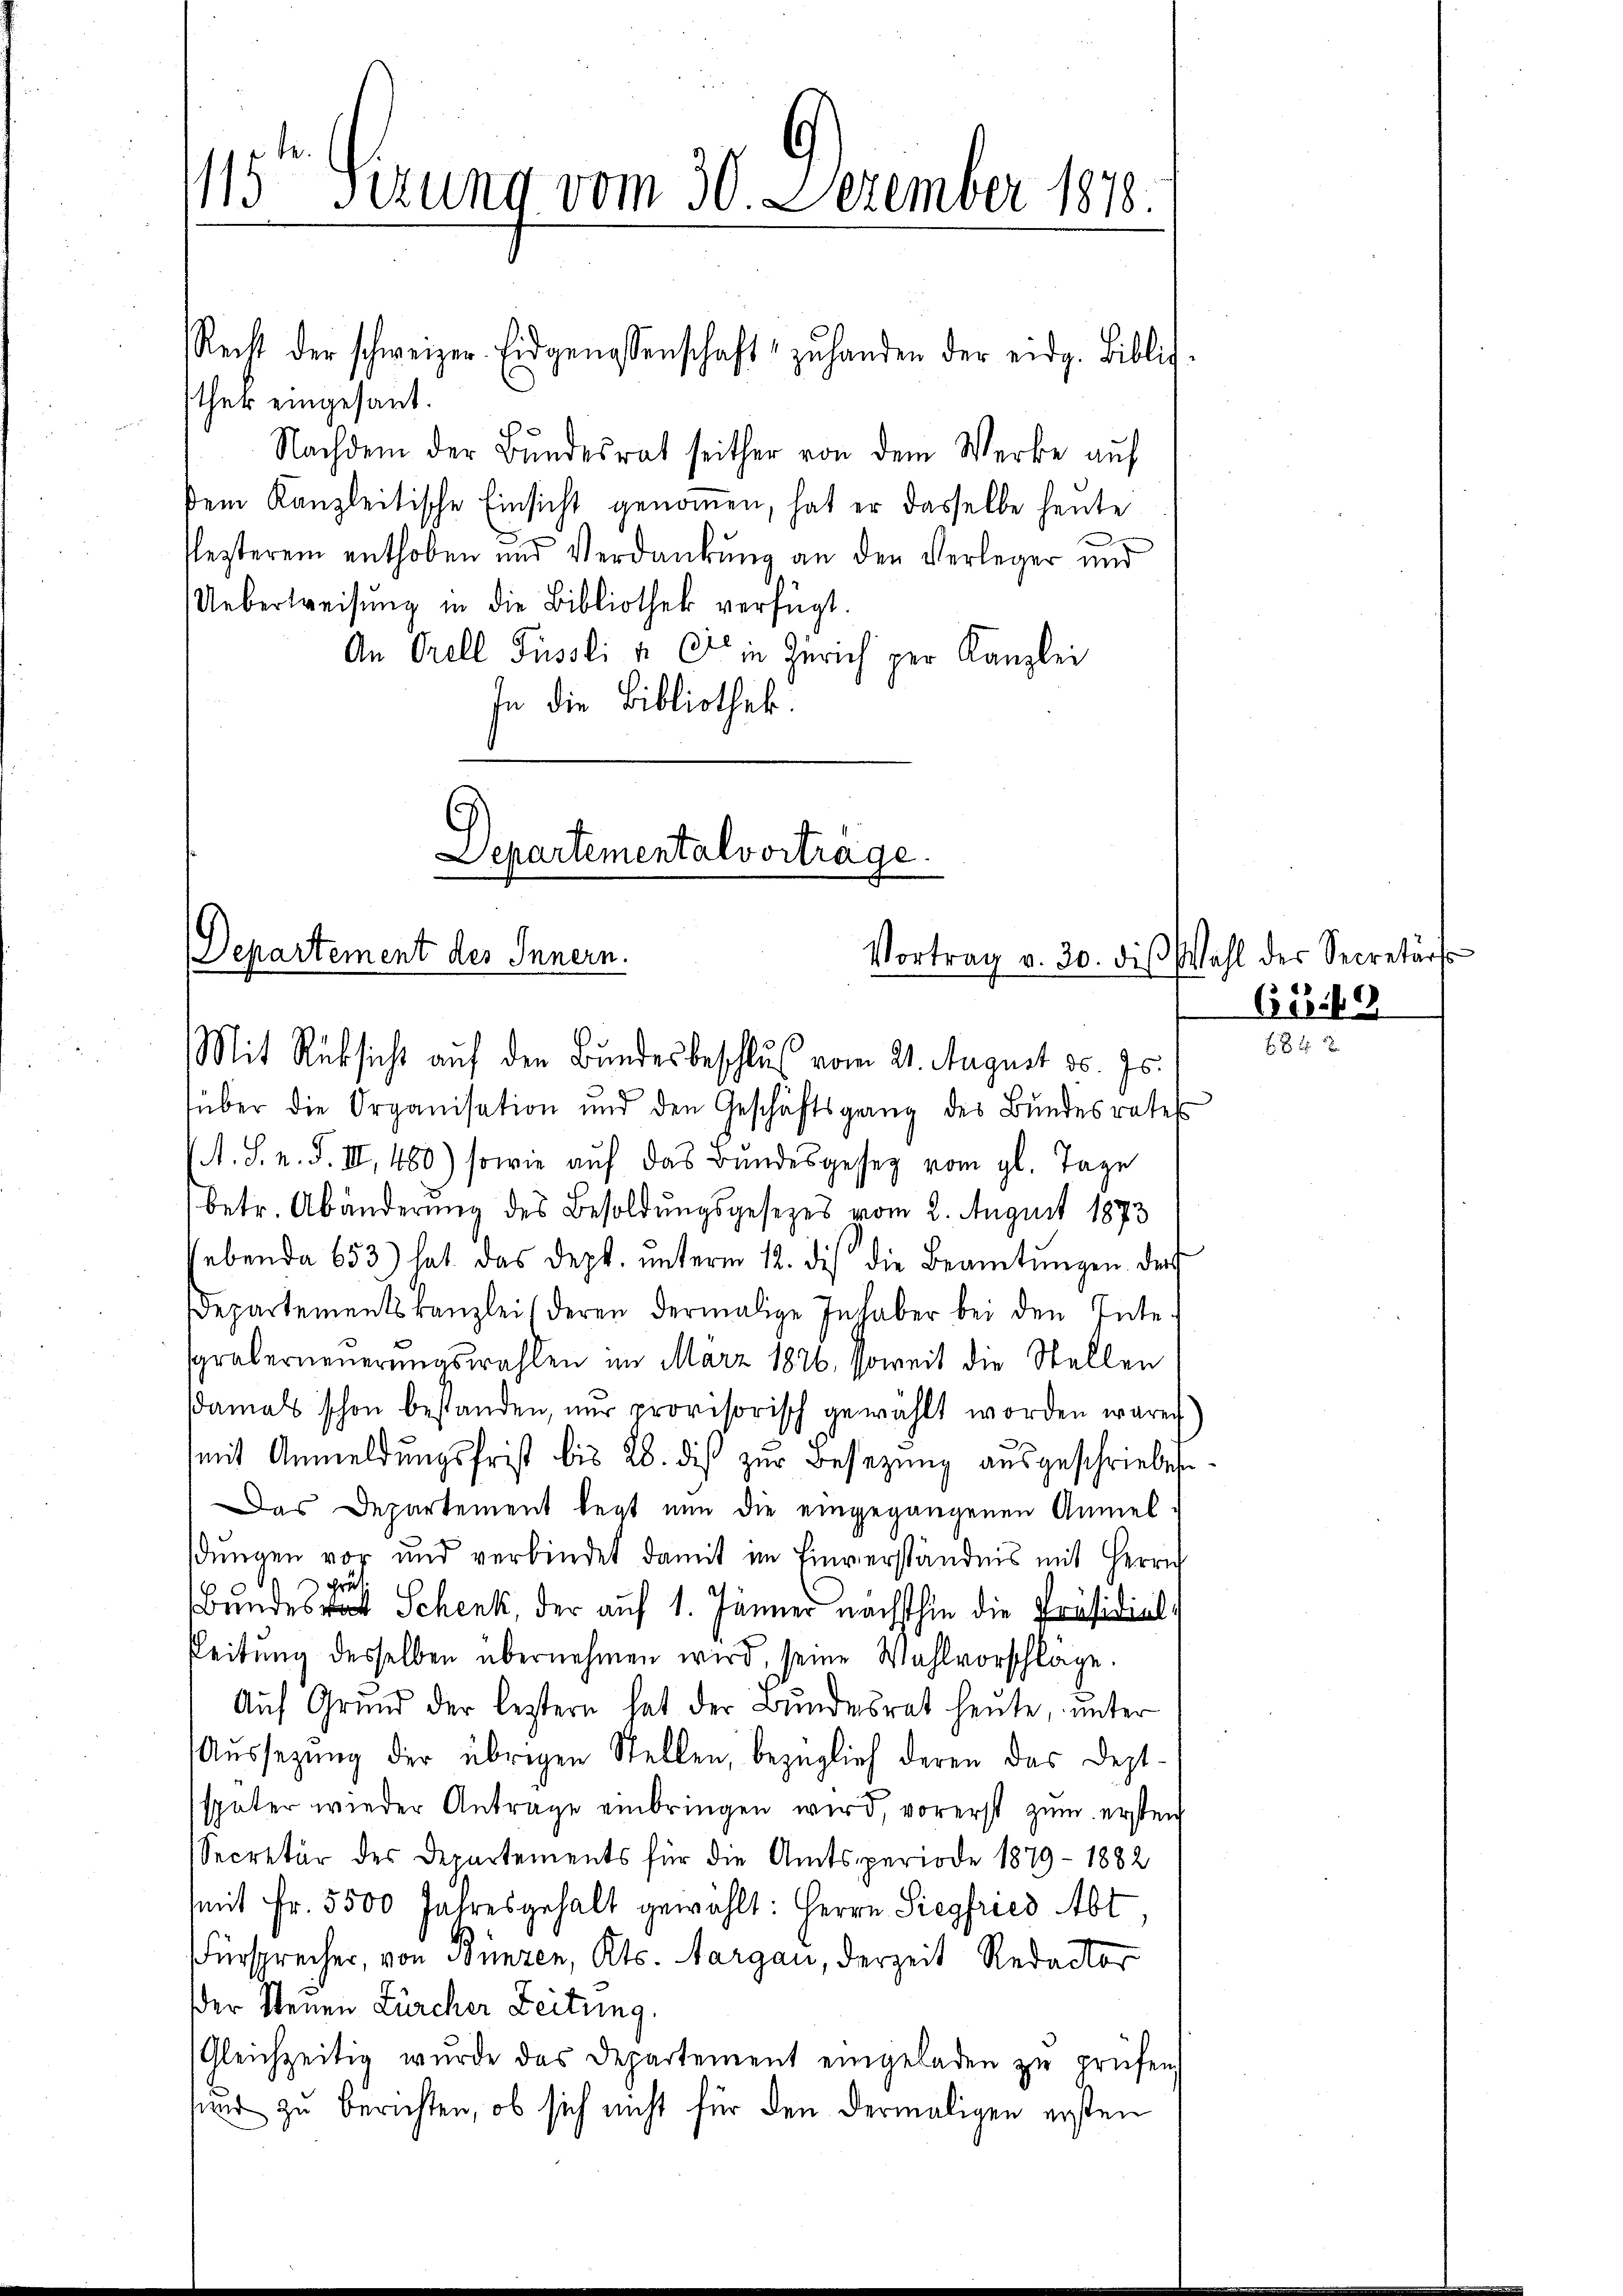
115ten Fezung vom 30. Dezember 1878.

sther eingesant.
Nachdem der Bundesrat seither von dem Werke auf
dem Kanzleitische Einsicht genommen, hat er dasselbe heute
flezterem enthoben und Verdankung an den Verleger und
Ueberweisŭng in die Bibliothek verfügt.
An Orell Füssli u. Er in Zürich per Kanzlei
In die Bibliothek.

Recht der schweizer. Eidgenossenschaft zŭ handen der eidg. Biblic

Departementalvortrage
Departement des Innern.
Vortrag v. 30. dis
Mit Rücksicht auf den Bundesbeschluß vom 21. August d. Js.

über die Organisation und den Geschäftsgang des Bŭndesrates
A. S. n. F. III 480) sowie auf das Bandesgeseg vom gl. Tage
betr. Abänderung des Besoldungsgesezes vom 2. August 1873
hebenda 653) hat das dept. ŭnterm 12. di die Beamtŭngen der
Departementskanzlei (deren dermalige Inhaber bei den Inte
sgraberneuerungswahlen im März 1876, soweit die Stellen
damals schon bestanden, nur provisorisch gewählt worden waren)
mit Anmeldŭngsfrist bis 28. diβ zŭr Besetzung ausgeschrieben.
Das Departement legt nun die eingegangenen Anmel
dungen vor und verbindet damit im Einverständnis mit Herrn
Bundes Schenk, der auf 1. Jänner nächsthin die Präsidial-
Leitŭng desselben übernehmen wird, seine Wahlvorschläge.
Aŭf Grŭnd der leztern hat der Bŭndesrat heute, unter
Aŭssetzŭng der übrigen Stellen, bezüglich deren das Dept.
später wieder Antrage einbringen wird, vorerst zum ersten
Secretär des Departements für die Amtsperiode 1879 - 1882
mit Fr. 5500 Jahresgehalt gewählt: Herrn Siegfried Abt,
Fürsprecher, von Bünzen, Kts. Aargau, derzeit Redactor
der Steuen Zürcher Zeitung,
Gleichzeitig wurde das Departement eingeladen zŭ prüfen,
sind zu berichten, ob sich nicht für den dermaligen ersten

Wahl des Secretärs
68169

68 f 2